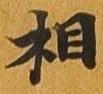
相